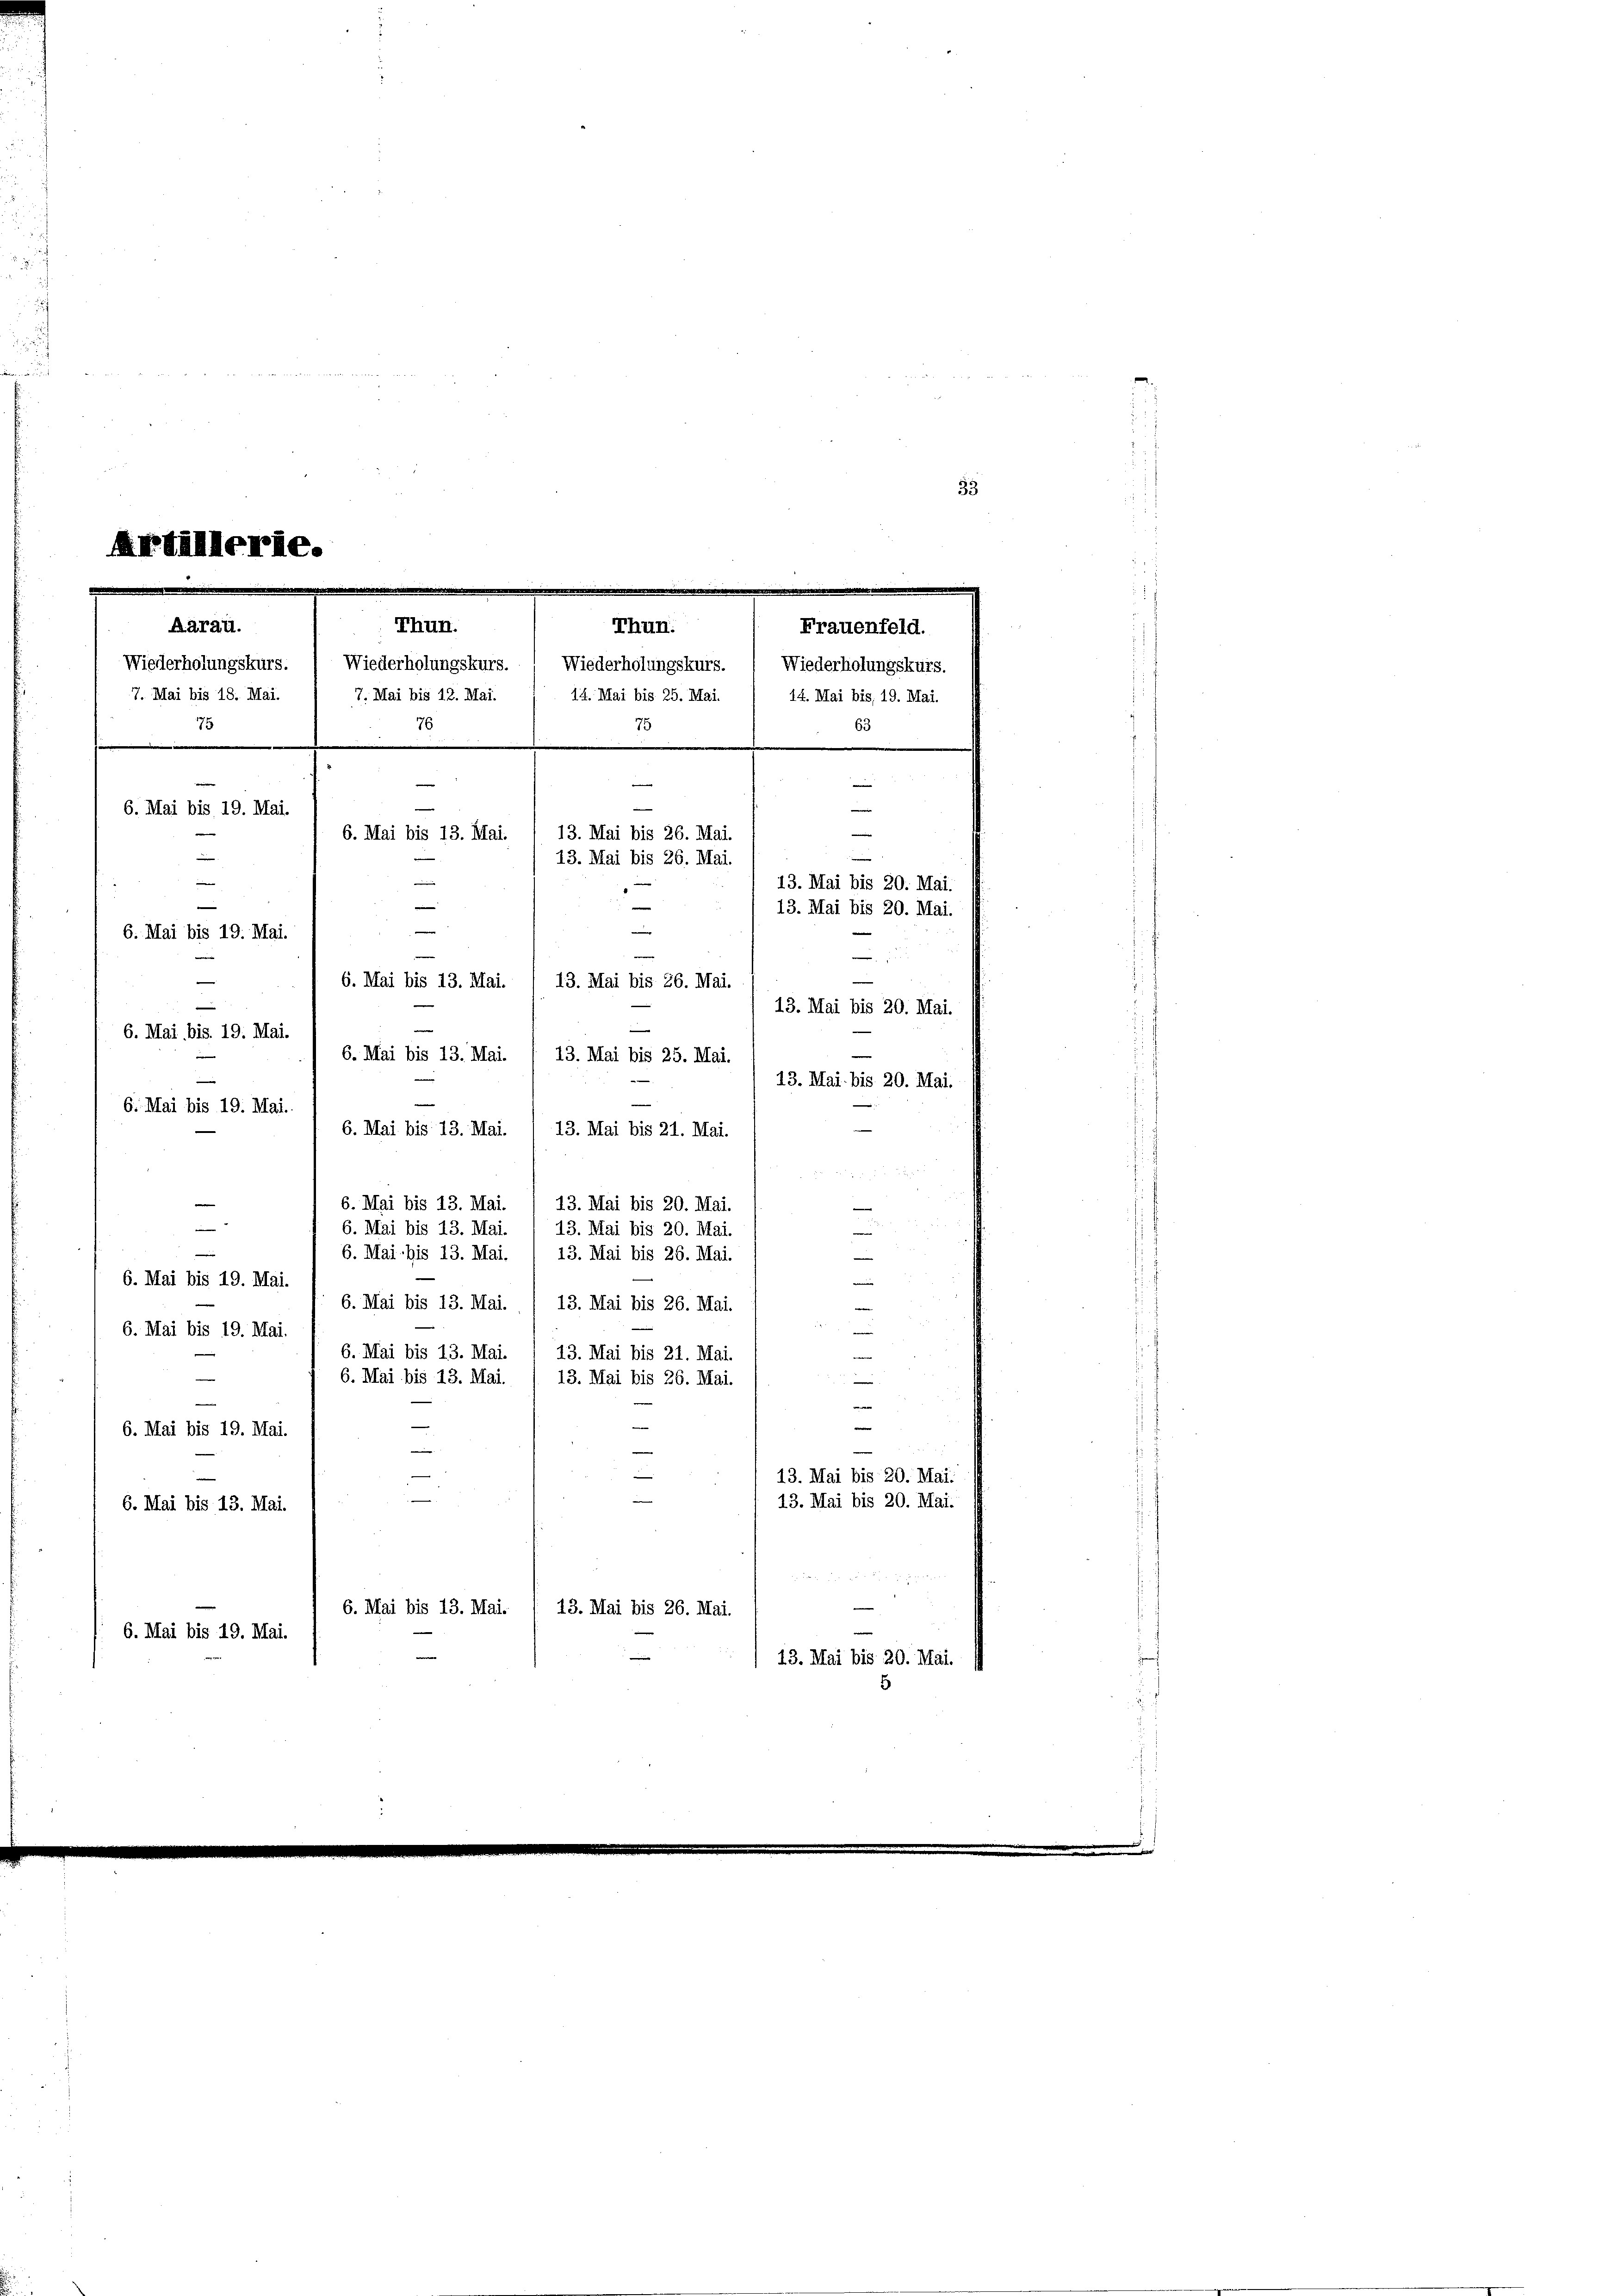
2

Ardallerie.
Thun.
A Arau.
Frauenfeld.
Thun.
Wiederholungskurs.
7. Mai bis 18. Mai.
7. Mai bis 12. Mai.
76
e
.
n

6. Mai bis 19. Mai.
n
6. Mai bis 13. Mai.
13. Mai bis 26. Mai.
e
13. Mai bis 26. Mai.
13. Mai bis 20. Mai.
e
e
13. Mai bis 20. Mai.
e
e
6. Mai bis 19. Mai.
.
—
13. Mai bis 26. Mai.
6. Mai bis 13. Mai.
13. Mai bis 20. Mai.
6. Mai bis 19. Mai.
6. Mai bis 13. Mai.
13. Mai bis 25. Mai

13. Mai bis 20. Mai.
6. Mai bis 19. Mai.
6. Mai bis 13. Mai.
13. Mai bis 21. Mai.
 x 2 2 x
13. Mai bis 20. Mai.
6. Mai bis 13. Mai.
.
e
6. Mai bis 13. Mai.
13. Mai bis 20. Mai
6. Mai bis 13. Mai.

13. Mai bis 26. Mai.

6. Mai bis 19. Mai.
6. Mai bis 13. Mai. , 13. Mai bis 26. Mai.
6. Mai bis 19. Mai.
6. Mai bis 13. Mai. 1 13. Mai bis 21. Mai
—
6. Mai bis 13. Mai.
13. Mai bis 26. Mai.

e
6. Mai bis 19. Mai.
e
e
—
-
13. Mai bis 20. Mai.

13. Mai bis 20. Mai.
6. Mai bis 13. Mai.

6. Mai bis 13. Mai. 1 13. Mai bis 26. Mai.
6. Mai bis 19. Mai.
13. Mai bis 20. Mai. 1

Wiederholungskurs. Wiederholungskurs. Wiederholungskurs.
14. Mai bis 25. Mai. / 14. Mai bis 19. Mai.
75
63

33